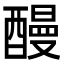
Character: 𨢥